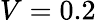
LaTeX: V=0.2